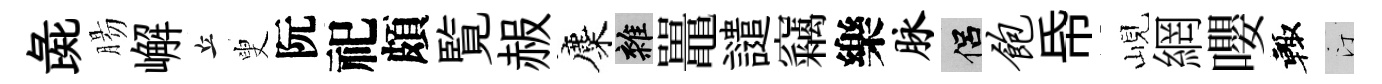
彘腸嶰丘叟阮祀頗覧赧麋雜鼉譴竊樂脉侣饱帋峴網嚶輙汀